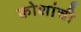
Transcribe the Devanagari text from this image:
कोशांची